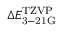
\Delta E _ { \mathrm { 3 - 2 1 G } } ^ { \mathrm { T Z V P } }